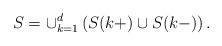
LaTeX: \begin{align*}S=\cup_{k=1}^{d}\left( S(k+)\cup S(k-)\right) .\end{align*}